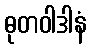
ဓုတဝါဒါနံ